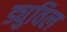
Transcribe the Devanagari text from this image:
ड्युविल